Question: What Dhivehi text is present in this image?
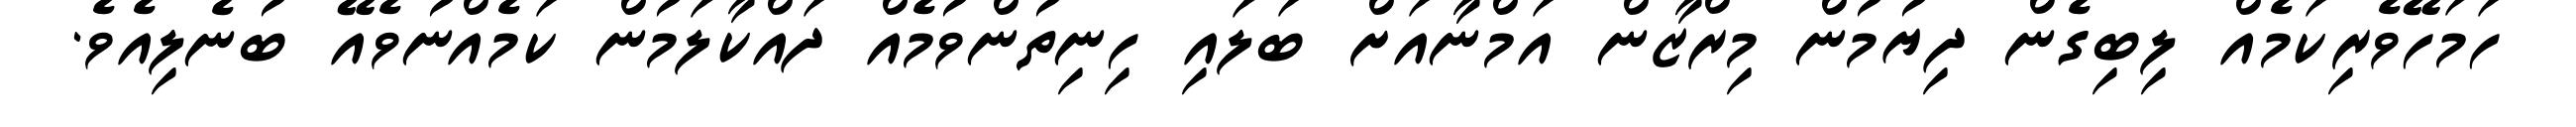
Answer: ހަމަހޭވެރިކަމެއް ލިބިގެން ދިޔުމުން މިރްޒާން އަމްނާއަށް ބަލައި ހިނިތުންވުމެއް ދައްކާލަމުން ކަމެއްނުވެއޭ ބުނެލިއެވެ.